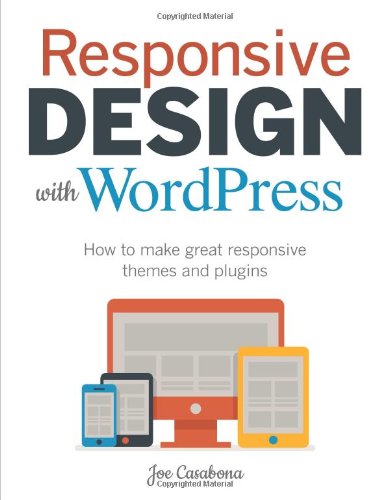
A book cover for Responsive Design with WordPress: How to make great responsive themes and plugins (Voices That Matter); Joe Casabona; Computers & Technology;